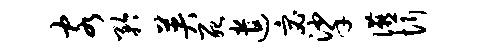
客矜英死遣宓挲宴忻